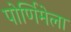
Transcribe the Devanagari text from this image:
पोर्णिमेला